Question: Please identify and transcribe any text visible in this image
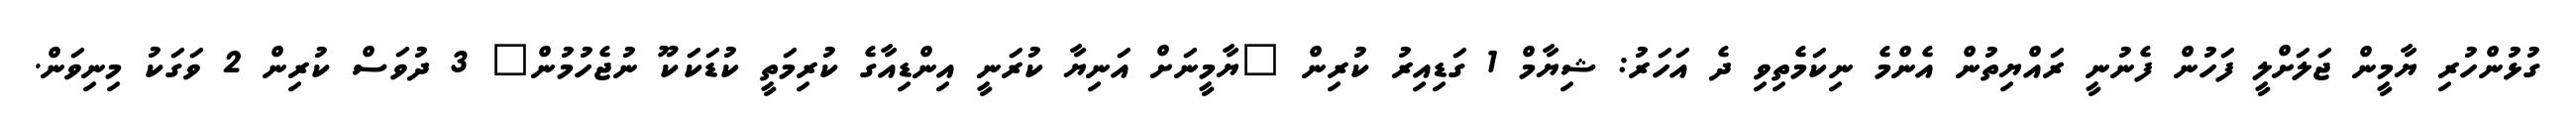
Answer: ގުޅުންހުރި ޔާމީން ޖަލަށްލީ ފަހުން ފެނުނީ ރައްޔިތުން އެންމެ ނިކަމެތިވި ދެ އަހަރު: ޝިޔާމް 1 ގަޑިއިރު ކުރިން "ޔާމީނަށް އަނިޔާ ކުރަނީ އިންޑިއާގެ ކުރިމަތީ ކުޑަކަކޫ ނުޖެހުމުން" 3 ދުވަސް ކުރިން 2 ވަގަކު މިނިވަން.